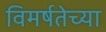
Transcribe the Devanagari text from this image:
विमर्षतेच्या